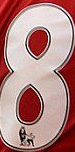
8